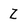
Character: Z